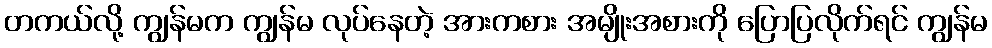
တကယ်လို့ ကျွန်မက ကျွန်မ လုပ်နေတဲ့ အားကစား အမျိုးအစားကို ပြောပြလိုက်ရင် ကျွန်မ